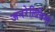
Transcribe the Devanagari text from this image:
जनरेलिसिमो